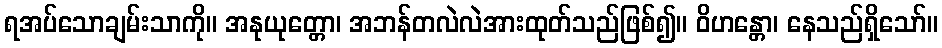
ရအပ်သောချမ်းသာကို။ အနုယုတ္တော၊ အဘန်တလဲလဲအားထုတ်သည်ဖြစ်၍။ ဝိဟန္တော၊ နေသည်ရှိသော်။